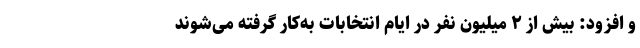
و افزود: بیش از ۲ میلیون نفر در ایام انتخابات به‌کار گرفته می‌شوند